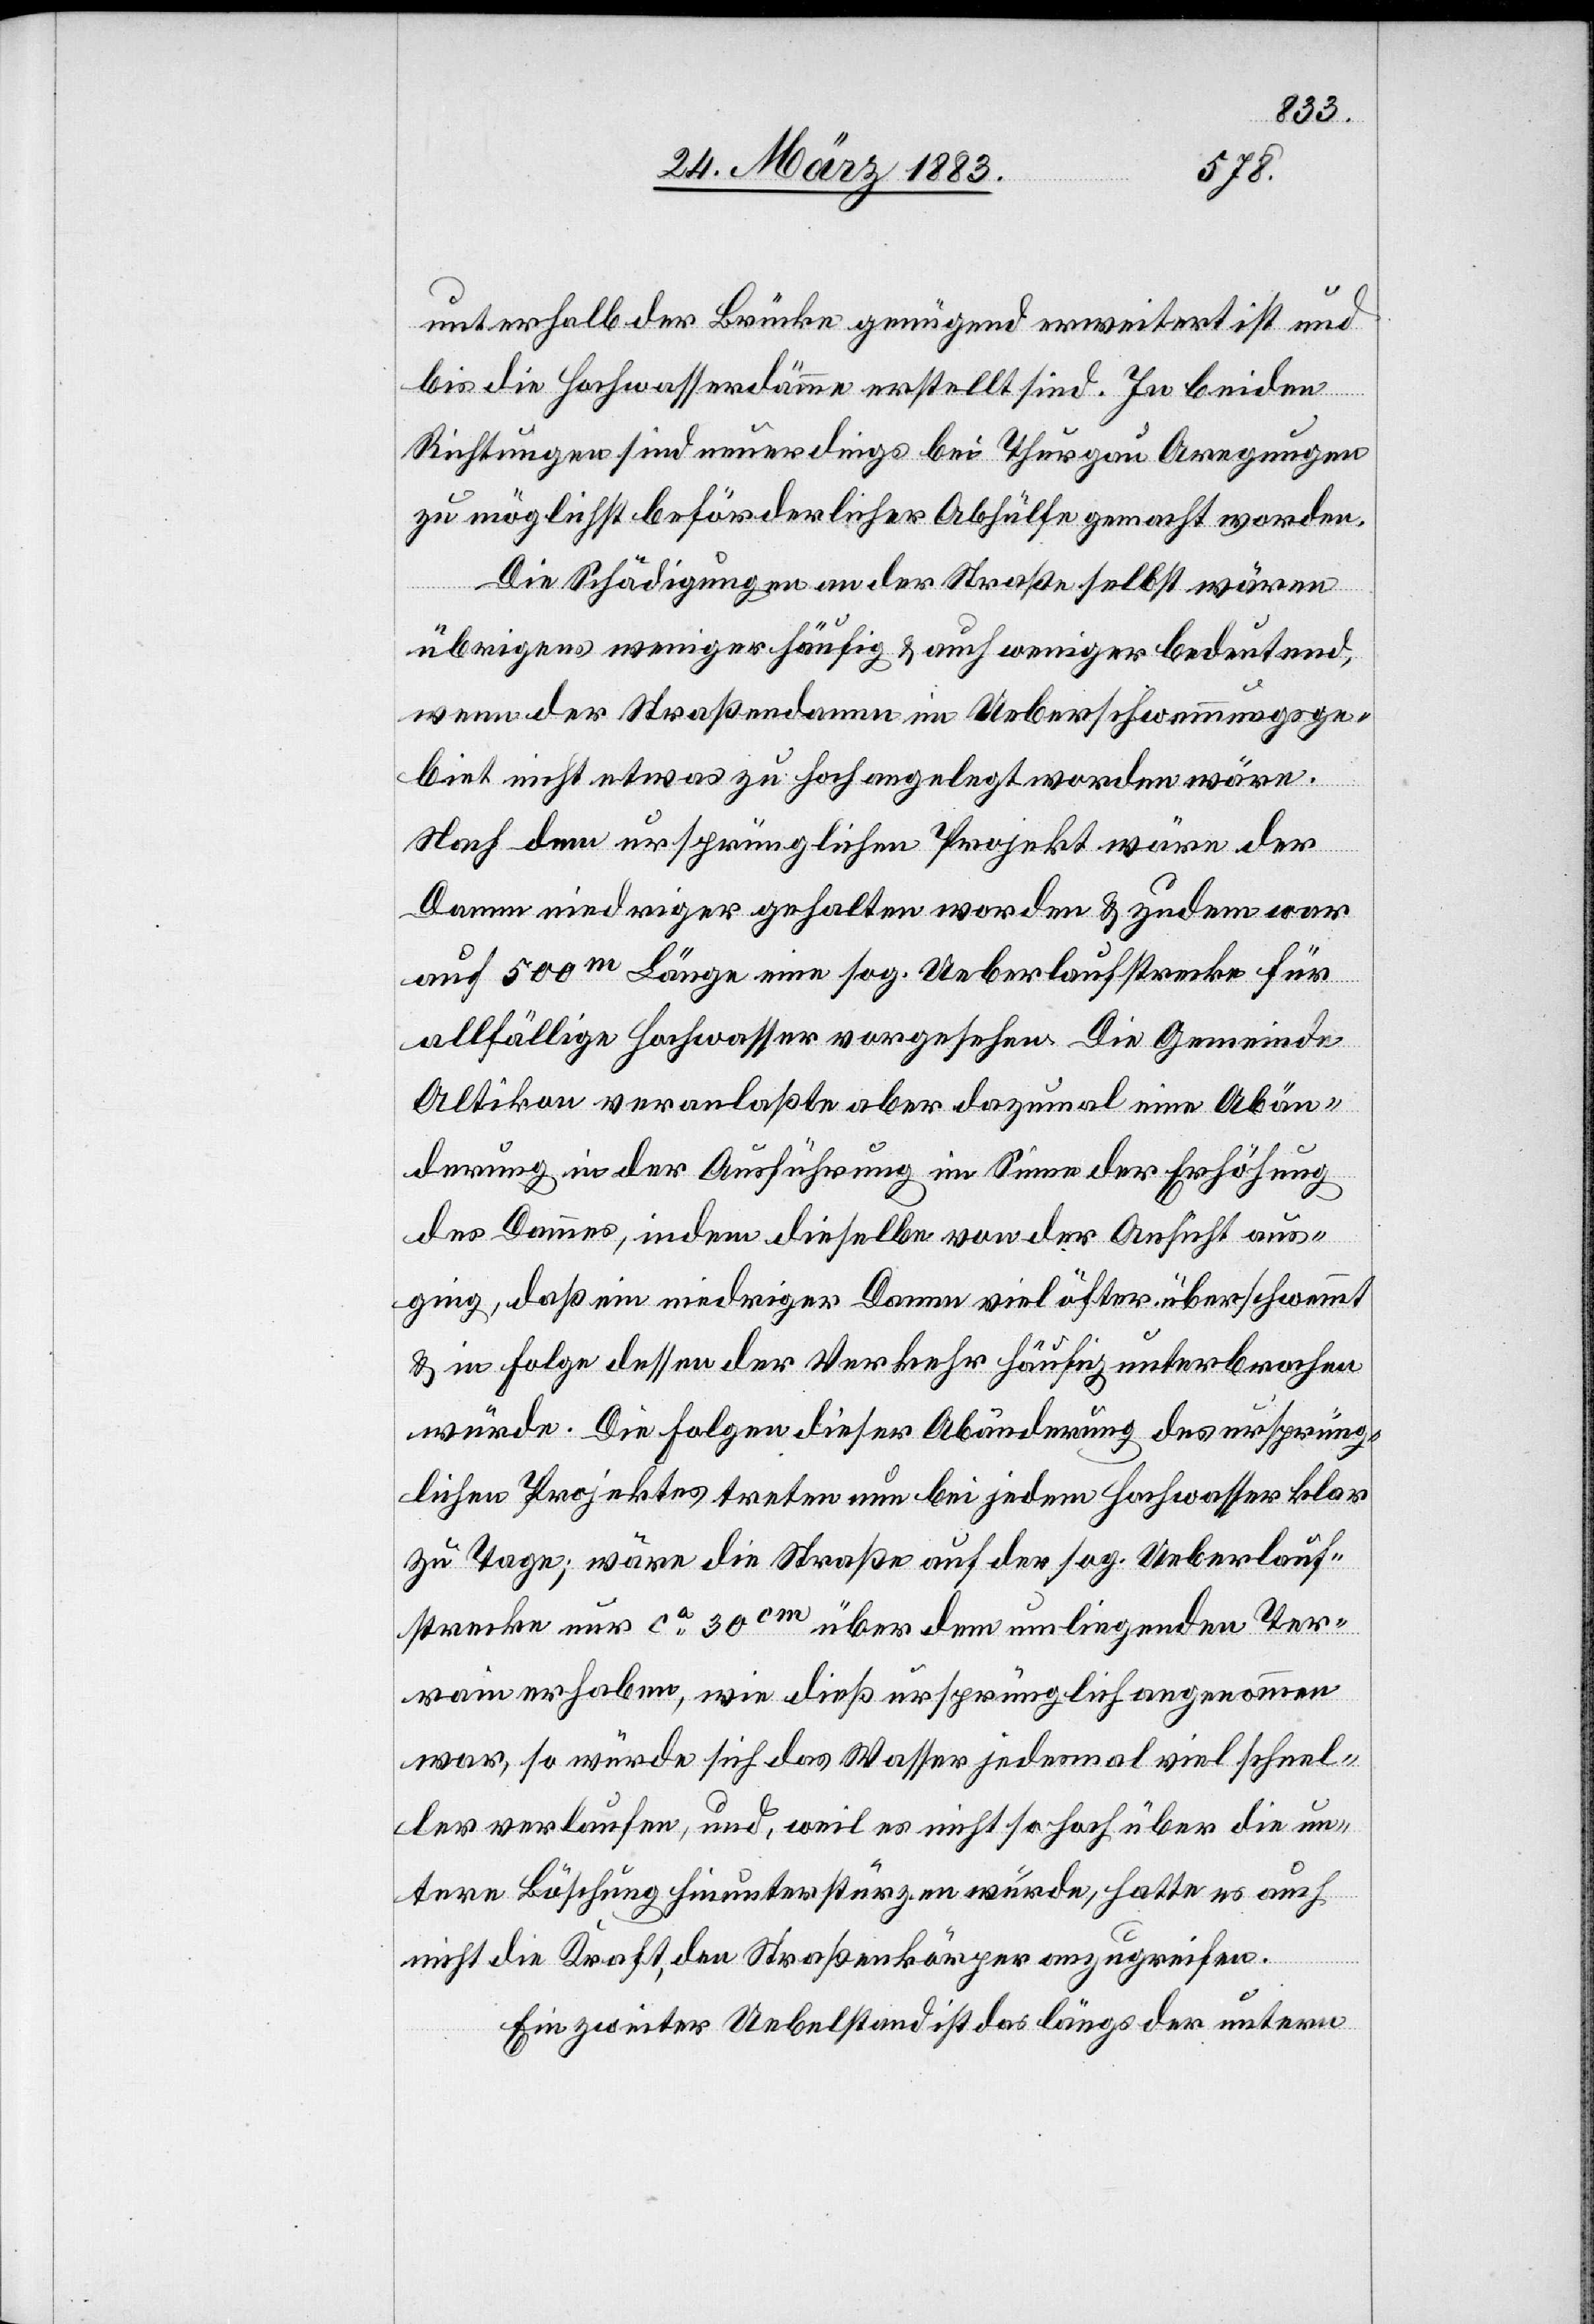
unterhalb der Brücke genügend erweitert ist und
bis die Hochwasserdämme erstellt sind. In beiden
Richtungen sind neuerdings bei Thurgau Anregungen
zu möglichst beförderlicher Abhülfe gemacht worden.
Die Schädigungen an der Straße selbst wären
übrigens weniger häufig & weniger bedeutend,
wenn der Straßendamm im Ueberschwemmungsge¬
biet nicht etwas zu hoch angelegt worden wäre.
auch
Nach dem ursprünglichen Projekt wäre der
Damm niedriger gehalten worden & zudem war
auf 500m Länge eine sog. Ueberlaufstrecke für
allfällige Hochwasser vorgesehen. Die Gemeinde
Altikon veranlaßte aber dazumal eine Abän¬
derung in der Ausführung im Sinne der Erhöhung
des Dammes, indem dieselbe von der Ansicht aus¬
ging, daß ein niedriger Damm viel öfter überschwem¬
mt
& in Folge dessen der Verkehr häufig unterbrochen
würde. Die Folgen dieser Abänderung des ursprüng¬
lichen Projektes treten nun bei jedem Hochwasser klar
zu Tage; wäre die Straße auf der sog. Ueberlauf¬
strecke nur ca 30cm über dem umliegenden Ter¬
rain erhaben, wie dieß ursprünglich angenommen
war, so würde sich das Wasser jedesmal viel schnel¬
ler verlaufen, und, weil es nicht so hoch über die un¬
tere Böschung hinunterstürzen würde, hatte [sic!]
nicht die Kraft, den Straßenkörper anzugreifen.
Ein zweiter Uebelstand ist das längs der untern